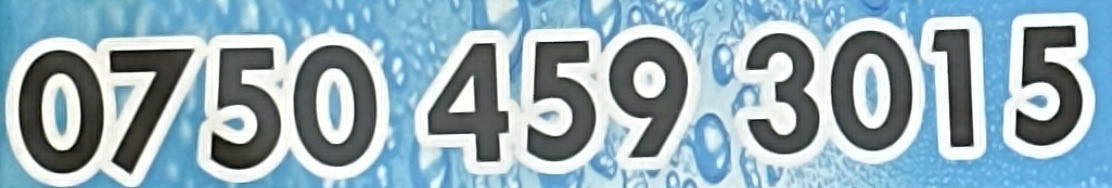
0750 459 3015